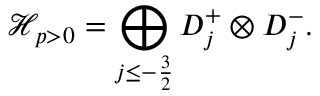
\mathcal { H } _ { p > 0 } = \bigoplus _ { j \leq - \frac { 3 } { 2 } } D _ { j } ^ { + } \otimes D _ { j } ^ { - } .